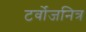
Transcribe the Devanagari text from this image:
टर्वोजनित्र